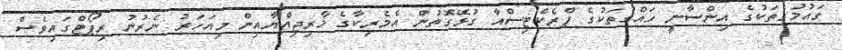
ގައުމުގެތަކުގެ އިންސާނީ ހައްގުތަކުގެ ޕްރެކްޓިސްއާ ގުޅޭގޮތުން އެމެރިކާގެ ޚާރިޖިއްޔާއިން މިއަހަރު ނެރުނު ރިޕޯޓްގައިވެސް